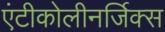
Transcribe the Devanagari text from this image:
एंटीकोलीनर्जिक्स